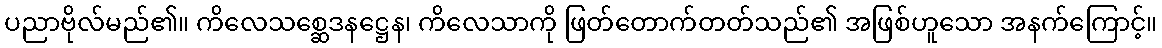
ပညာဗိုလ်မည်၏။ ကိလေသစ္ဆေဒနဋ္ဌေန၊ ကိလေသာကို ဖြတ်တောက်တတ်သည်၏ အဖြစ်ဟူသော အနက်ကြောင့်။